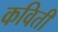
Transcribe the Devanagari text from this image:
कविती